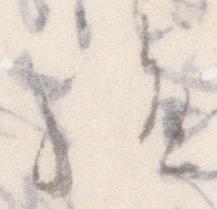
給